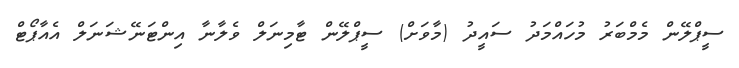
ސީޕްލޭން މެމްބަރު މުހައްމަދު ސައީދު (މާވަށް) ސީޕްލޭން ޓާމިނަލް ވެލާނާ އިންޓަނޭޝަނަލް އެއާޕޯޓް